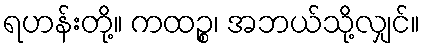
ရဟန်းတို့။ ကထဉ္စ၊ အဘယ်သို့လျှင်။